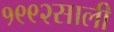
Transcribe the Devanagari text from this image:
१९९२साली